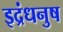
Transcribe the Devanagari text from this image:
इद्रंधनुष